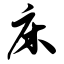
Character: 床